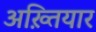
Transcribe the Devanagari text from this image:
अख़्तियार